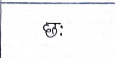
मजकूर: छः